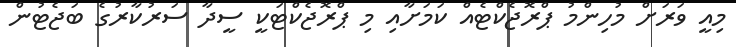
މިއީ ވަރަށް މުހިންމު ޕްރޮޖެކްޓެއް ކަމަށާއި މި ޕްރޮޖެކްޓަކީ ސީދާ ސަރުކާރުގެ ބަޖެޓުން